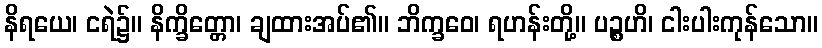
နိရယေ၊ ငရဲ၌။ နိက္ခိတ္တော၊ ချထားအပ်၏။ ဘိက္ခဝေ၊ ရဟန်းတို့။ ပဉ္စဟိ၊ ငါးပါးကုန်သော။